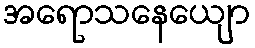
အရောသနေယျော